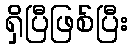
ရှိပြီဖြစ်ပြီး